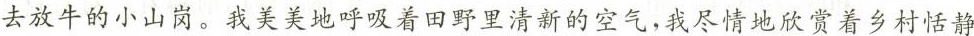
去放牛的小山岗。我美美地呼吸着田野里清新的空气，我尽情地欣赏着乡村恬静